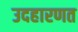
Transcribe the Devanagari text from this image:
उदहारणत